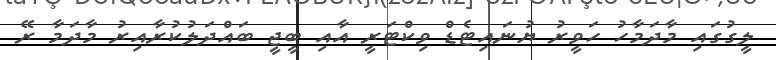
ލީގުގައި މާދަމާހު ހަވީރު ޔުނައިޓެޑް ވިކްޓަރީ އާއި ބީޖީ ބައްދަލުކުރާއިރު މާދަމާ ރޭ